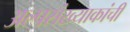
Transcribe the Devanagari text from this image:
अल्पसंख्याकांची